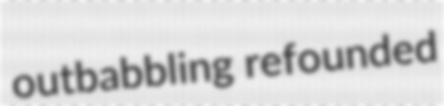
outbabbling refounded